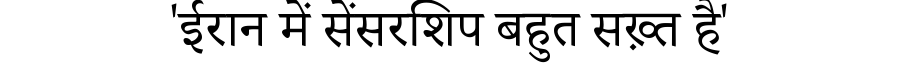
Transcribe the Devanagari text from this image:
'ईरान में सेंसरशिप बहुत सख़्त है'